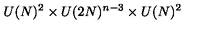
U ( N ) ^ { 2 } \times U ( 2 N ) ^ { n - 3 } \times U ( N ) ^ { 2 } \protect